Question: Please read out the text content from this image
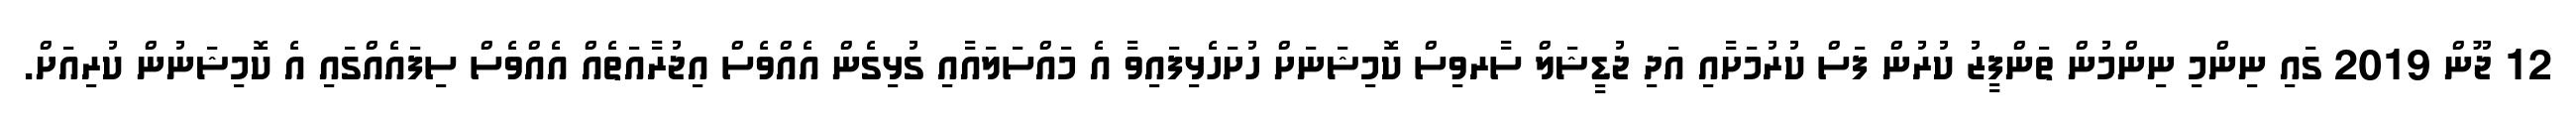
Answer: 12 ޖޫން 2019 ގައި ނިންމި ނިންމުން ތަންފީޒު ކުރުން ފަސް ކުރުމަށާއި އަދި ޖުޑީޝަލް ސާރވިސް ކޮމިޝަނަށް ހުށަހެޅިފައިވާ އެ މައްސަލައާއި ގުޅިގެން އެއްވެސް އިޖުރާއަތެއް އެއްވެސް ސިފައެއްގައި އެ ކޮމިޝަނުން ކުރިއަށް.